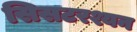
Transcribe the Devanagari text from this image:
सिसटरश्यन